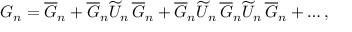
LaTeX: G _ { n } = \overline { { G } } _ { n } + \overline { { G } } _ { n } \widetilde U _ { n } \, \overline { { G } } _ { n } + \overline { { G } } _ { n } \widetilde U _ { n } \, \overline { { G } } _ { n } \widetilde U _ { n } \, \overline { { G } } _ { n } + \dots ,